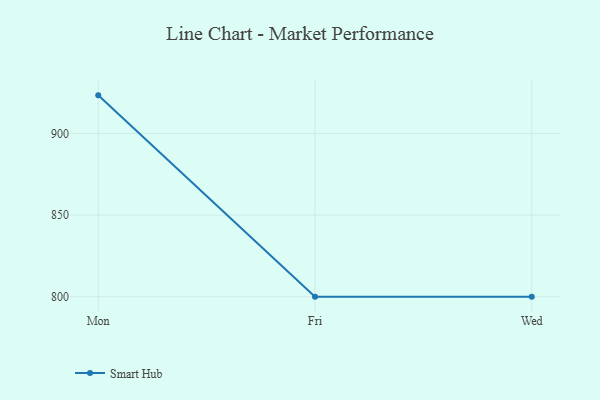
{"axis": {"x": "Day", "y": "Humidity (%)"}, "legend": ["Smart Hub"], "data": [{"x": "Mon", "y": 923.4, "type": "Smart Hub"}, {"x": "Fri", "y": 800, "type": "Smart Hub"}, {"x": "Wed", "y": 800, "type": "Smart Hub"}]}